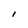
Character: l